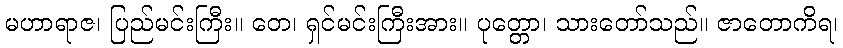
မဟာရာဇ၊ ပြည်မင်းကြီး။ တေ၊ ရှင်မင်းကြီးအား။ ပုတ္တော၊ သားတော်သည်။ ဇာတောကိရ၊